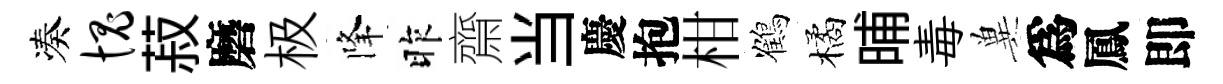
凑愧菽磨极降昨齋当慶抱柑鶴橘晡毒兾爲鳳即